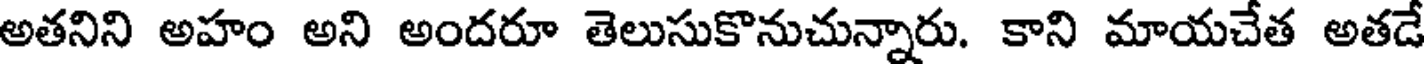
అతనిని అహం అని అందరూ తెలుసుకొనుచున్నారు. కాని మాయచేత అతడే